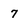
Character: 7